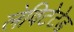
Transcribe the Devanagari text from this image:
लेविटेटेड